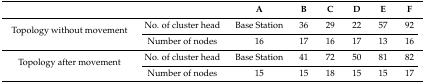
<table><thead><tr><td colspan="2"></td><td><b>A</b></td><td><b>B</b></td><td><b>C</b></td><td><b>D</b></td><td><b>E</b></td><td><b>F</b></td></tr></thead><tbody><tr><td rowspan="2">Topology without movement</td><td>No. of cluster head</td><td>Base Station</td><td>36</td><td>29</td><td>22</td><td>57</td><td>92</td></tr><tr><td>Number of nodes</td><td>16</td><td>17</td><td>16</td><td>17</td><td>13</td><td>16</td></tr><tr><td rowspan="2">Topology after movement</td><td>No. of cluster head</td><td>Base Station</td><td>41</td><td>72</td><td>50</td><td>81</td><td>82</td></tr><tr><td>Number of nodes</td><td>15</td><td>15</td><td>18</td><td>15</td><td>15</td><td>17</td></tr></tbody></table>